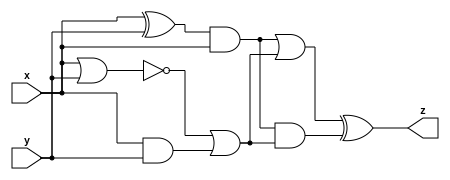
// A:  z = (x^y) & x
// B:  z = ~(x | y) | x & y
module top_module (input x, input y, output z);
    wire IA1_out, IA2_out, IB1_out, IB2_out;
    wire IAB1_out, IAB2_out;

    assign IA1_out = (x ^ y) & x;
    assign IB1_out = ~(x | y) | x & y;
    assign IA2_out = (x ^ y) & x;
    assign IB2_out = ~(x | y) | x & y;

    assign IAB1_out = IA1_out | IB1_out;
    assign IAB2_out = IA2_out & IB2_out;

    assign z = IAB1_out ^ IAB2_out;
endmodule